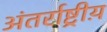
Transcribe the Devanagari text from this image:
अंतर्राष्ट्रीय़